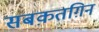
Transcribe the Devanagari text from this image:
सबक़तग़िन